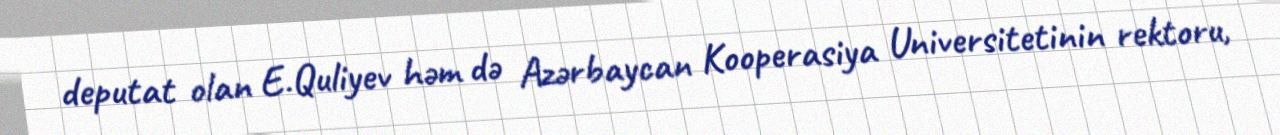
deputat olan E.Quliyev həm də Azərbaycan Kooperasiya Universitetinin rektoru,